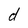
Character: d